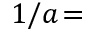
1 / a \! =